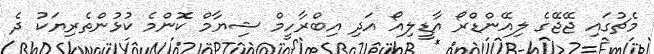
މެޗުގައި ޖޭޖޭގެ ލިއޭންޑްރޯ އާޑީލިއޯ އަދި އިބްރާހީމް ޝިޔާމް ކޮންމެ ކުޅުންތެރިޔަކު ދެ